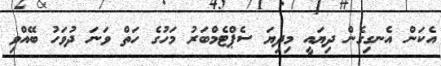
އެކަން އެނގިގެން ދިޔައީ މިދިޔަ ސެޕްޓެމްބަރު މަހުގެ ހަތް ވަނަ ދުވަހު ބޭއްވި